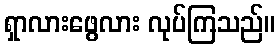
ရှာလားဖွေလား လုပ်ကြသည်။